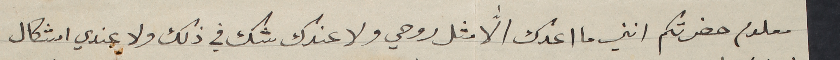
معلوم حضرتكم انني ما اعدك الاﱣ مثل روحي ولا عندك شك في ذلك ولا عندي اشكال